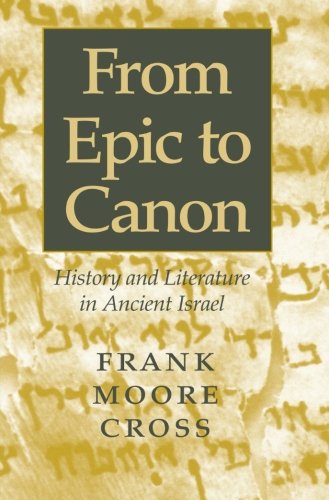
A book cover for From Epic to Canon: History and Literature in Ancient Israel; Frank Moore Cross; Christian Books & Bibles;